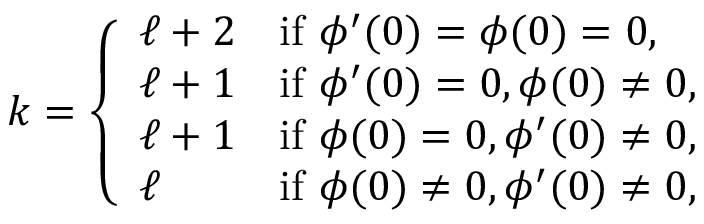
k = \left\{ \begin{array} { l l } { \ell + 2 } & { \mathrm { i f ~ } \phi ^ { \prime } ( 0 ) = \phi ( 0 ) = 0 , } \\ { \ell + 1 } & { \mathrm { i f ~ } \phi ^ { \prime } ( 0 ) = 0 , \phi ( 0 ) \neq 0 , } \\ { \ell + 1 } & { \mathrm { i f ~ } \phi ( 0 ) = 0 , \phi ^ { \prime } ( 0 ) \neq 0 , } \\ { \ell } & { \mathrm { i f ~ } \phi ( 0 ) \neq 0 , \phi ^ { \prime } ( 0 ) \neq 0 , } \end{array} \right.